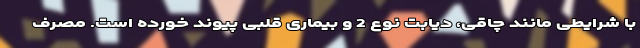
با شرایطی مانند چاقی، دیابت نوع 2 و بیماری قلبی پیوند خورده است. مصرف